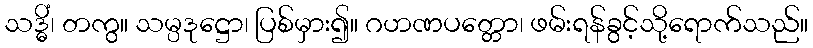
သဒ္ဓိံ၊ တကွ။ သမ္ပဒုဋ္ဌော၊ ပြစ်မှား၍။ ဂဟဏပတ္တော၊ ဖမ်းရန်ခွင့်သို့ရောက်သည်။